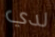
لدي